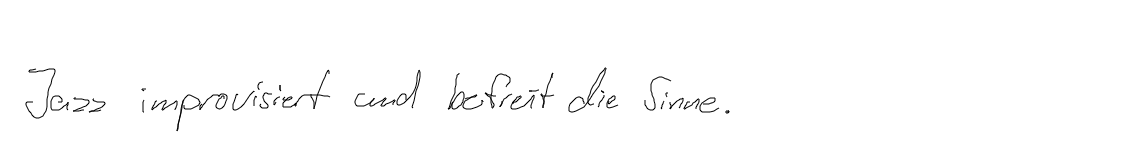
Jazz improvisiert und befreit die Sinne.